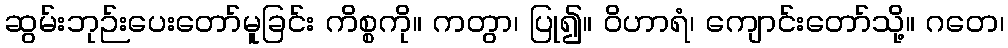
ဆွမ်းဘုဉ်းပေးတော်မူခြင်း ကိစ္စကို။ ကတွာ၊ ပြု၍။ ဝိဟာရံ၊ ကျောင်းတော်သို့။ ဂတေ၊